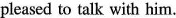
so pleased to talk with him.